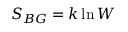
S _ { B G } = k \ln W